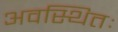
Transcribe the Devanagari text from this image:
अवस्थितः